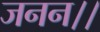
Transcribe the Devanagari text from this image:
जनन।।